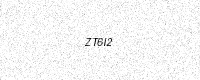
Text: ZT6I2